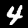
Label: 4